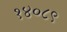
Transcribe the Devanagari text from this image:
१४०८९